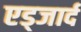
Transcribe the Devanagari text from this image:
एड्जार्द